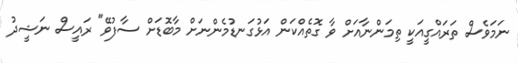
ނަމަވެސް ތަރައްގީއަކީ ތިމަންނާއަށް ވާ ގޮތެއްކަން އަޅުގަނޑުމެންނަށް މާބޮޑަށް ސާފުވޭ" ރައީސް ނަޝީދު